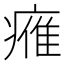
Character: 𤸰